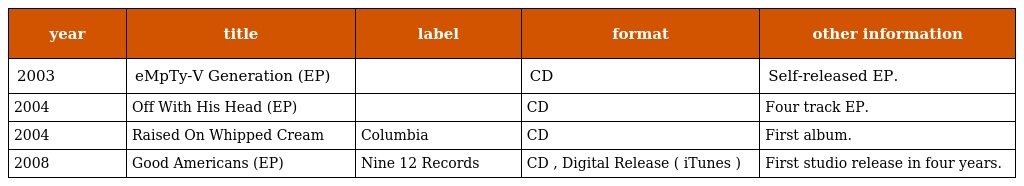
| year | title | label | format | other information |
 | --- | --- | --- | --- | --- |
 | 2003 | eMpTy-V Generation (EP) |  | CD | Self-released EP. |
 | 2004 | Off With His Head (EP) |  | CD | Four track EP. |
 | 2004 | Raised On Whipped Cream | Columbia | CD | First album. |
 | 2008 | Good Americans (EP) | Nine 12 Records | CD , Digital Release ( iTunes ) | First studio release in four years. |